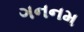
ગનનમ